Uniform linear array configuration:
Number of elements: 4
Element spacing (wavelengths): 1
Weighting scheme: hann
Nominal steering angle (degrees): -30
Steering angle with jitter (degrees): -30.132
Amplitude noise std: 0.05
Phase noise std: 0.05

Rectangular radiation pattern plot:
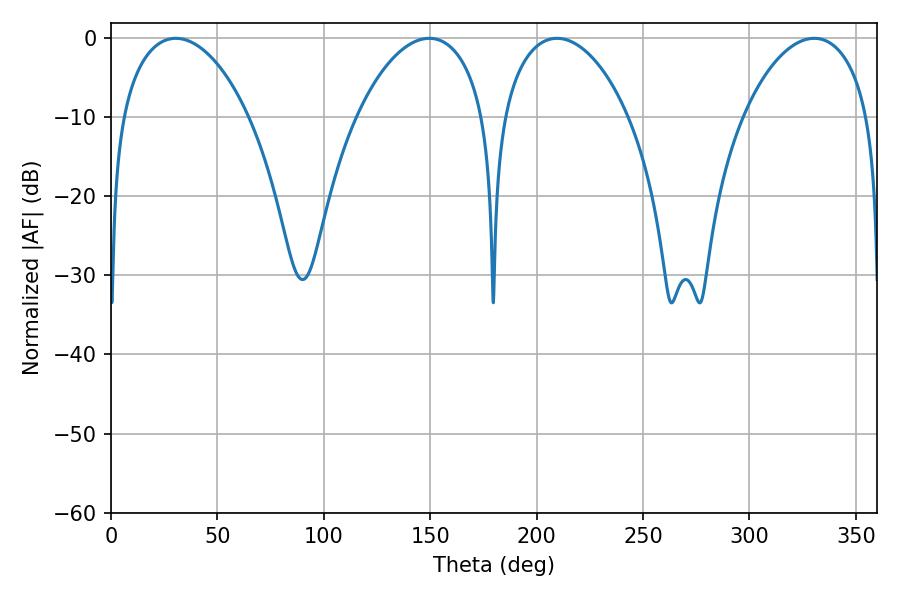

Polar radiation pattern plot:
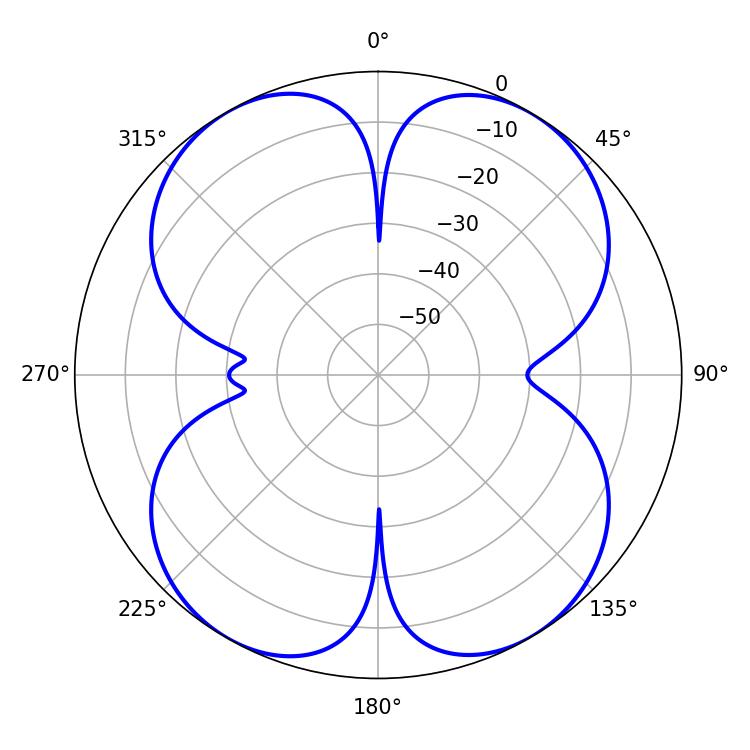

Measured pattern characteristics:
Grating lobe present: TRUE
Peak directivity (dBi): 18.555
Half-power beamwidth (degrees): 34.2
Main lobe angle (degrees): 30.42